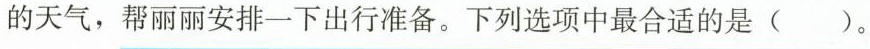
的天气，帮丽丽安排一下出行准备。下列选项中最合适的是()。